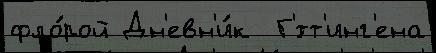
фло́рой Дн'евн'и́к  Г'́тт'инг'ена